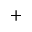
^ { + }